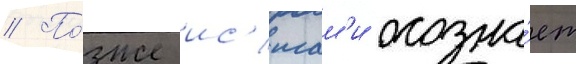
// По́зже ис'игам'и осозна́ет